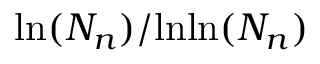
\mathrm { l n } ( N _ { n } ) / \mathrm { l n l n } ( N _ { n } )